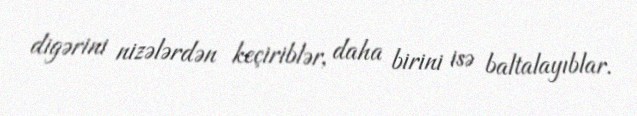
digərini nizələrdən keçiriblər, daha birini isə baltalayıblar.